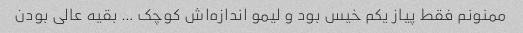
ممنونم فقط پیاز یکم خیس بود و لیمو اندازه‌اش کوچک … بقیه عالی بودن